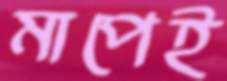
মাপেই